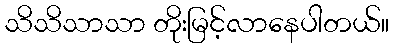
သိသိသာသာ တိုးမြင့်လာနေပါတယ်။